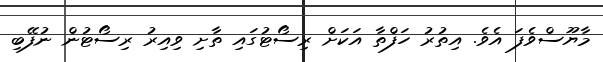
މާޔޫސްވެފަ އެވެ. އިތުރު ހަފްތާ އަކަށް ރިސޯޓުގައި ތާށި ވިއިރު ރިސޯޓުން ނުފޭބި